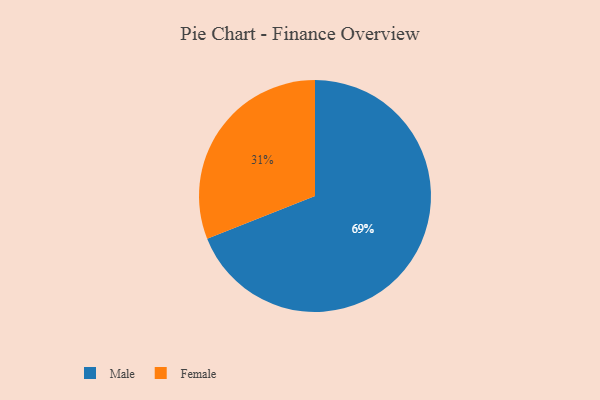
{"axis": {"x": "Category", "y": "Percentage"}, "legend": ["Female", "Male"], "data": [{"x": "Female", "y": 31, "type": "Female"}, {"x": "Male", "y": 69, "type": "Male"}]}